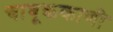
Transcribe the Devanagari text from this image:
चाबूककाणी